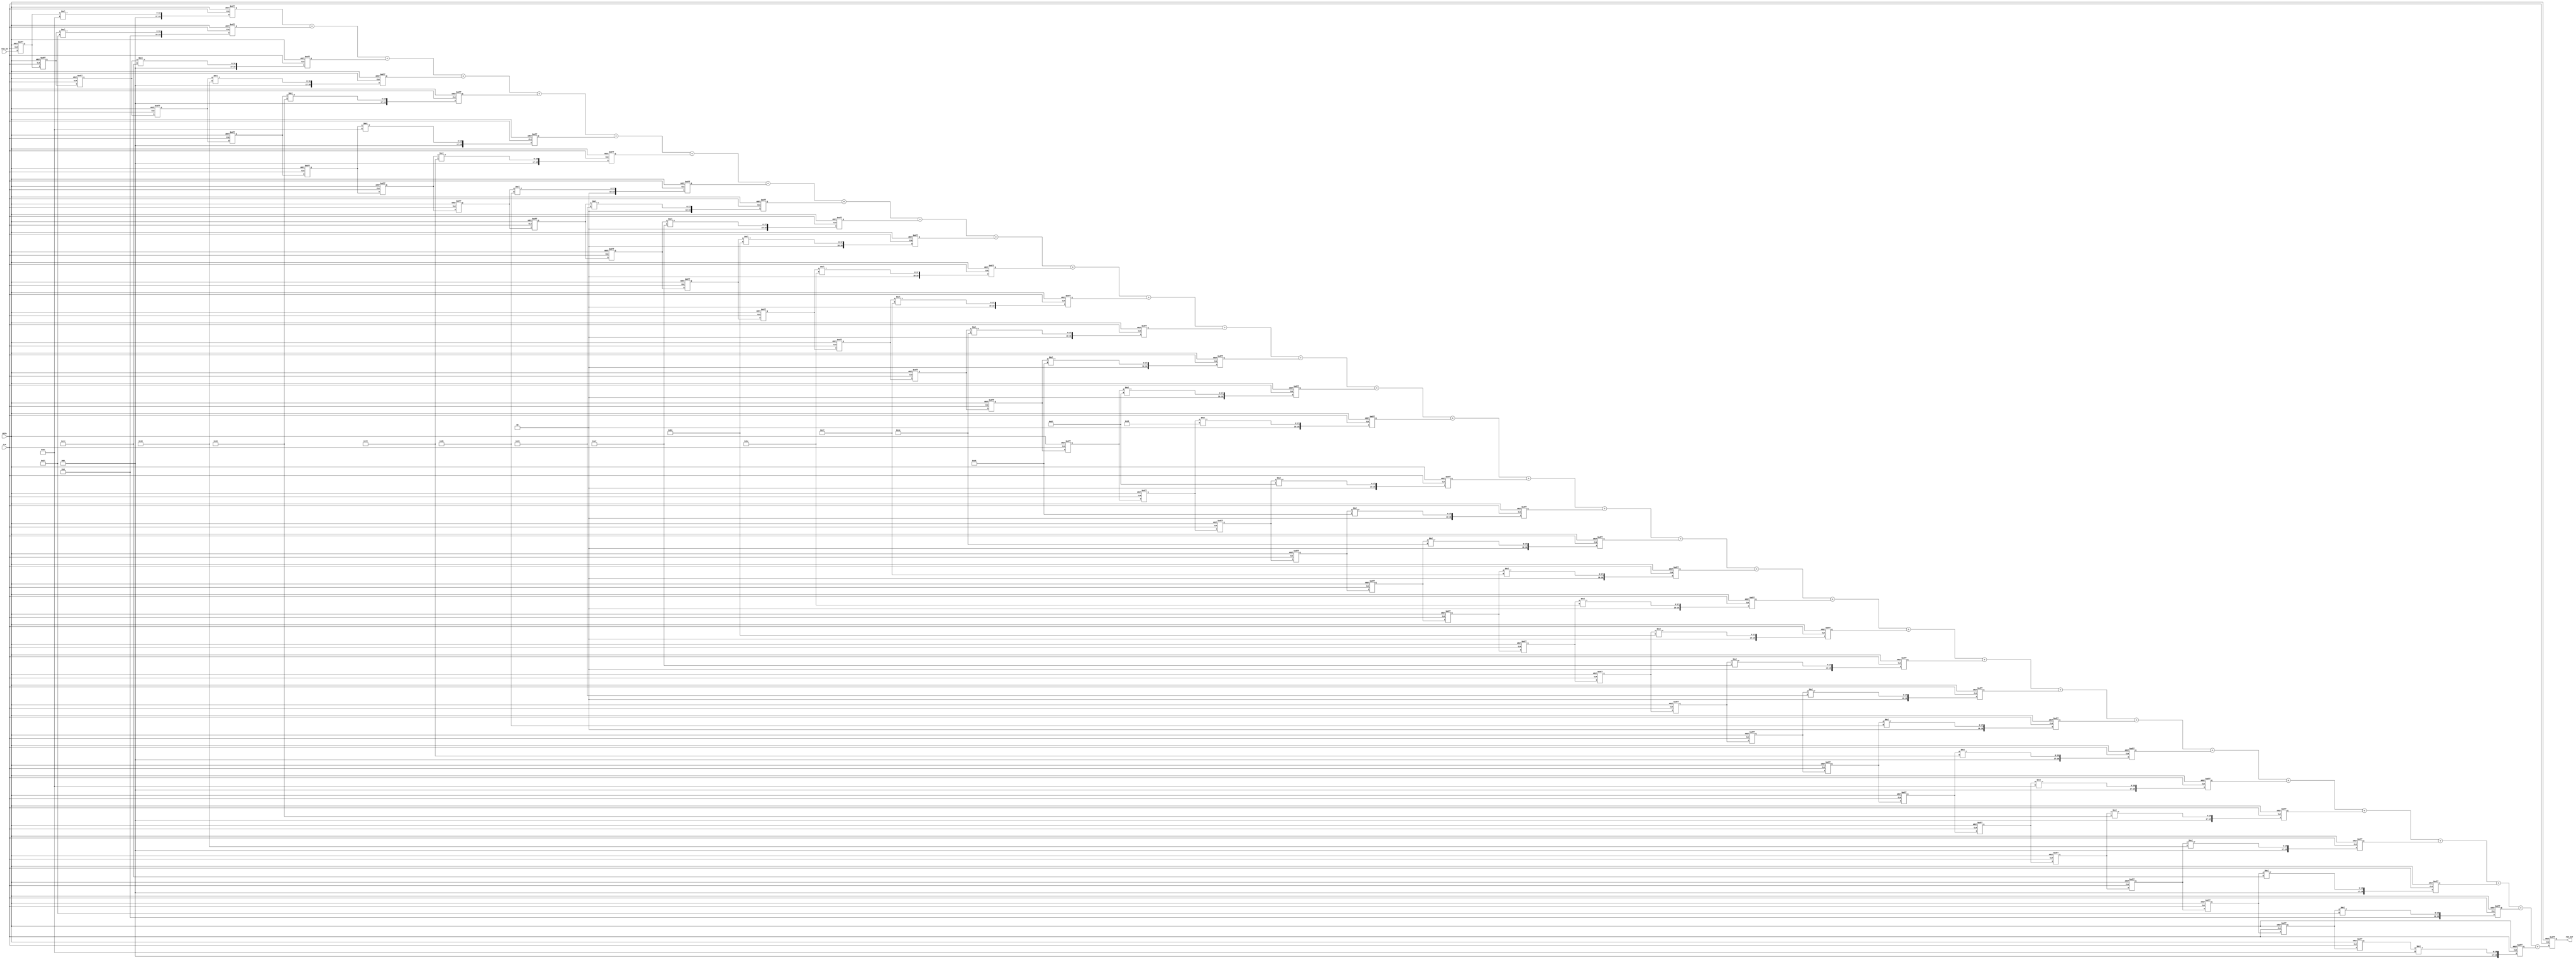
module filter(
    input CLK,
    input RSTn,
    input signed [9:0] FIR_IN,
    output reg signed [19:0] FIR_OUT
    );

reg signed [9:0] delay_pipeline1 ;
reg signed [9:0] delay_pipeline2 ;
reg signed [9:0] delay_pipeline3 ;
reg signed [9:0] delay_pipeline4 ;
reg signed [9:0] delay_pipeline5 ;
reg signed [9:0] delay_pipeline6 ;
reg signed [9:0] delay_pipeline7 ;
reg signed [9:0] delay_pipeline8 ;
reg signed [9:0] delay_pipeline9 ;
reg signed [9:0] delay_pipeline10 ;
reg signed [9:0] delay_pipeline11 ;
reg signed [9:0] delay_pipeline12 ;
reg signed [9:0] delay_pipeline13 ;
reg signed [9:0] delay_pipeline14 ;
reg signed [9:0] delay_pipeline15 ;
reg signed [9:0] delay_pipeline16 ;
reg signed [9:0] delay_pipeline17 ;
reg signed [9:0] delay_pipeline18 ;
reg signed [9:0] delay_pipeline19 ;
reg signed [9:0] delay_pipeline20 ;
reg signed [9:0] delay_pipeline21 ;
reg signed [9:0] delay_pipeline22 ;
reg signed [9:0] delay_pipeline23 ;
reg signed [9:0] delay_pipeline24 ;
reg signed [9:0] delay_pipeline25 ;
reg signed [9:0] delay_pipeline26 ;
reg signed [9:0] delay_pipeline27 ;
reg signed [9:0] delay_pipeline28 ;
reg signed [9:0] delay_pipeline29 ;
reg signed [9:0] delay_pipeline30 ;
reg signed [9:0] delay_pipeline31 ;
reg signed [9:0] delay_pipeline32 ;
reg signed [9:0] delay_pipeline33 ;
 
always@(posedge CLK or negedge RSTn)

      if(!RSTn)

             begin

                  delay_pipeline1 <=  10'b0 ;
                  delay_pipeline2 <=  10'b0 ;
                  delay_pipeline3 <=  10'b0 ;
                  delay_pipeline4 <=  10'b0 ;
                  delay_pipeline5 <=  10'b0 ;
                  delay_pipeline6 <=  10'b0 ;
                  delay_pipeline7 <=  10'b0 ;
                  delay_pipeline8 <=  10'b0 ;
                  delay_pipeline9 <=  10'b0 ;
                  delay_pipeline10 <= 10'b0 ;
                  delay_pipeline11 <= 10'b0 ;
                  delay_pipeline12 <= 10'b0 ;
                  delay_pipeline13 <= 10'b0 ;
                  delay_pipeline14 <= 10'b0 ;
                  delay_pipeline15 <= 10'b0 ;
                  delay_pipeline16 <= 10'b0 ;
                  delay_pipeline17 <= 10'b0 ;
                  delay_pipeline18 <= 10'b0 ;
                  delay_pipeline19 <= 10'b0 ;
                  delay_pipeline20 <= 10'b0 ;
                  delay_pipeline21 <= 10'b0 ;
                  delay_pipeline22 <= 10'b0 ;
                  delay_pipeline23 <= 10'b0 ;
                  delay_pipeline24 <= 10'b0 ;
                  delay_pipeline25 <= 10'b0 ;
                  delay_pipeline26 <= 10'b0 ;
                  delay_pipeline27 <= 10'b0 ;
                  delay_pipeline28 <= 10'b0 ;
                  delay_pipeline29 <= 10'b0 ;
                  delay_pipeline30 <= 10'b0 ;
                  delay_pipeline31 <= 10'b0 ;
                  delay_pipeline32 <= 10'b0 ;
                  delay_pipeline33 <= 10'b0 ;

             end

       else

             begin

                  delay_pipeline1 <= FIR_IN     ;

                  delay_pipeline2 <= delay_pipeline1 ;

                  delay_pipeline3 <= delay_pipeline2 ;

                  delay_pipeline4 <= delay_pipeline3 ;

                  delay_pipeline5 <= delay_pipeline4 ;

                  delay_pipeline6 <= delay_pipeline5 ;

                  delay_pipeline7 <= delay_pipeline6 ;

                  delay_pipeline8 <= delay_pipeline7 ;

                  delay_pipeline9 <= delay_pipeline8 ;

                  delay_pipeline10 <=   delay_pipeline9;
                  delay_pipeline11 <=   delay_pipeline10 ;
                  delay_pipeline12 <=   delay_pipeline11 ;
                  delay_pipeline13 <=   delay_pipeline12 ;
                  delay_pipeline14 <=   delay_pipeline13 ;
                  delay_pipeline15 <=   delay_pipeline14 ;
                  delay_pipeline16 <=   delay_pipeline15 ;
                  delay_pipeline17 <=   delay_pipeline16 ;
                  delay_pipeline18 <=   delay_pipeline17 ;
                  delay_pipeline19 <=   delay_pipeline18 ;
                  delay_pipeline20 <=   delay_pipeline19 ;
                  delay_pipeline21 <=   delay_pipeline20 ;
                  delay_pipeline22 <=   delay_pipeline21 ;
                  delay_pipeline23 <=   delay_pipeline22 ;
                  delay_pipeline24 <=   delay_pipeline23 ;
                  delay_pipeline25 <=   delay_pipeline24 ;
                  delay_pipeline26 <=   delay_pipeline25 ;
                  delay_pipeline27 <=   delay_pipeline26 ;
                  delay_pipeline28 <=   delay_pipeline27 ;
                  delay_pipeline29 <=   delay_pipeline28 ;
                  delay_pipeline30 <=   delay_pipeline29 ;
                  delay_pipeline31 <=   delay_pipeline30 ;
                  delay_pipeline32 <=   delay_pipeline31 ;
                  delay_pipeline33 <=   delay_pipeline32 ;

             end





wire [7:0] coeff1  = 8'd110;
wire [7:0] coeff2  = 8'd55;
wire [7:0] coeff3  = 8'd68;
wire [7:0] coeff4  = 8'd82;
wire [7:0] coeff5  = 8'd96;
wire [7:0] coeff6  = 8'd110;
wire [7:0] coeff7  = 8'd125;
wire [7:0] coeff8  = 8'd139;
wire [7:0] coeff9  = 8'd153;
wire [7:0] coeff10 = 8'd167;
wire [7:0] coeff11 = 8'd179;
wire [7:0] coeff12 = 8'd190;
wire [7:0] coeff13 = 8'd199;
wire [7:0] coeff14 = 8'd206;
wire [7:0] coeff15 = 8'd212;
wire [7:0] coeff16 = 8'd215;
wire [7:0] coeff17 = 8'd216;
wire [7:0] coeff18 = 8'd215;
wire [7:0] coeff19 = 8'd212;
wire [7:0] coeff20 = 8'd206;
wire [7:0] coeff21 = 8'd199;
wire [7:0] coeff22 = 8'd190;
wire [7:0] coeff23 = 8'd179;
wire [7:0] coeff24 = 8'd167;
wire [7:0] coeff25 = 8'd153;
wire [7:0] coeff26 = 8'd139;
wire [7:0] coeff27 = 8'd125;
wire [7:0] coeff28 = 8'd110;
wire [7:0] coeff29 = 8'd96;
wire [7:0] coeff30 = 8'd82;
wire [7:0] coeff31 = 8'd68;
wire [7:0] coeff32 = 8'd55;
wire [7:0] coeff33 = 8'd110;


reg signed [19:0] multi_data1 ;//
reg signed [19:0] multi_data2 ;
reg signed [19:0] multi_data3 ;
reg signed [19:0] multi_data4 ;
reg signed [19:0] multi_data5 ;
reg signed [19:0] multi_data6 ;
reg signed [19:0] multi_data7 ;
reg signed [19:0] multi_data8 ;
reg signed [19:0] multi_data9 ;
reg signed [19:0] multi_data10 ;
reg signed [19:0] multi_data11 ;//
reg signed [19:0] multi_data12 ;
reg signed [19:0] multi_data13 ;
reg signed [19:0] multi_data14 ;
reg signed [19:0] multi_data15 ;
reg signed [19:0] multi_data16 ;
reg signed [19:0] multi_data17 ;
reg signed [19:0] multi_data18 ;
reg signed [19:0] multi_data19 ;
reg signed [19:0] multi_data20 ;
reg signed [19:0] multi_data21 ;//
reg signed [19:0] multi_data22 ;
reg signed [19:0] multi_data23 ;
reg signed [19:0] multi_data24 ;
reg signed [19:0] multi_data25 ;
reg signed [19:0] multi_data26 ;
reg signed [19:0] multi_data27 ;
reg signed [19:0] multi_data28 ;
reg signed [19:0] multi_data29 ;
reg signed [19:0] multi_data30 ;
reg signed [19:0] multi_data31 ;//
reg signed [19:0] multi_data32 ;
reg signed [19:0] multi_data33 ;

//reg signed [18:0] FIR_OUT ;


always@(posedge CLK or negedge RSTn)
      if(!RSTn)   begin                               
        multi_data1  <= 20'b0; 
        multi_data2  <= 20'b0;
        multi_data3  <= 20'b0;
        multi_data4  <= 20'b0;
        multi_data5  <= 20'b0;
        multi_data6  <= 20'b0;
        multi_data7  <= 20'b0;
        multi_data8  <= 20'b0;
        multi_data9  <= 20'b0;
        multi_data10 <= 20'b0;
        multi_data11 <= 20'b0;
        multi_data12 <= 20'b0;
        multi_data13 <= 20'b0;
        multi_data14 <= 20'b0;
        multi_data15 <= 20'b0;
        multi_data16 <= 20'b0;
        multi_data17 <= 20'b0;
        multi_data18 <= 20'b0;
        multi_data19 <= 20'b0;
        multi_data20 <= 20'b0;
        multi_data21 <= 20'b0;
        multi_data22 <= 20'b0;
        multi_data23 <= 20'b0;
        multi_data24 <= 20'b0;
        multi_data25 <= 20'b0;
        multi_data26 <= 20'b0;
        multi_data27 <= 20'b0;
        multi_data28 <= 20'b0;
        multi_data29 <= 20'b0;
        multi_data30 <= 20'b0;
        multi_data31 <= 20'b0;
        multi_data32 <= 20'b0;
        multi_data33 <= 20'b0;
        end
       else begin
        multi_data1  <= delay_pipeline1  * coeff1  ;
        multi_data2  <= delay_pipeline2  * coeff2 ;
        multi_data3  <= delay_pipeline3  * coeff3 ;
        multi_data4  <= delay_pipeline4  * coeff4 ;
        multi_data5  <= delay_pipeline5  * coeff5 ;
        multi_data6  <= delay_pipeline6  * coeff6 ;
        multi_data7  <= delay_pipeline7  * coeff7 ;
        multi_data8  <= delay_pipeline8  * coeff8 ;
        multi_data9  <= delay_pipeline9  * coeff9 ;
        multi_data10 <= delay_pipeline10 * coeff10;
        multi_data11 <= delay_pipeline11 * coeff11;
        multi_data12 <= delay_pipeline12 * coeff12;
        multi_data13 <= delay_pipeline13 * coeff13;
        multi_data14 <= delay_pipeline14 * coeff14;
        multi_data15 <= delay_pipeline15 * coeff15;
        multi_data16 <= delay_pipeline16 * coeff16;
        multi_data17 <= delay_pipeline17 * coeff17;
        multi_data18 <= delay_pipeline18 * coeff18;
        multi_data19 <= delay_pipeline19 * coeff19;
        multi_data20 <= delay_pipeline20 * coeff20;
        multi_data21 <= delay_pipeline21 * coeff21;
        multi_data22 <= delay_pipeline22 * coeff22;
        multi_data23 <= delay_pipeline23 * coeff23;
        multi_data24 <= delay_pipeline24 * coeff24;
        multi_data25 <= delay_pipeline25 * coeff25;
        multi_data26 <= delay_pipeline26 * coeff26;
        multi_data27 <= delay_pipeline27 * coeff27;
        multi_data28 <= delay_pipeline28 * coeff28;
        multi_data29 <= delay_pipeline29 * coeff29;
        multi_data30 <= delay_pipeline30 * coeff30;
        multi_data31 <= delay_pipeline31 * coeff31;
        multi_data32 <= delay_pipeline32 * coeff32;
        multi_data33 <= delay_pipeline33 * coeff33;
       end
                      



always@(posedge CLK or negedge RSTn)
      if(!RSTn)                                  
          FIR_OUT <= 20'b0 ;
       else
       FIR_OUT <= multi_data1 + multi_data2 + multi_data3 + multi_data4 +multi_data5 + multi_data6 + multi_data7 + multi_data8 + multi_data9 + multi_data10+ multi_data11+ multi_data12+ multi_data13+ multi_data14+ multi_data15+ multi_data16+ multi_data17+ multi_data18+ multi_data19+ multi_data20+ multi_data21+ multi_data22+ multi_data23+ multi_data24+ multi_data25+ multi_data26+ multi_data27+ multi_data28+ multi_data29+ multi_data30+ multi_data31+ multi_data32+ multi_data33;

endmodule